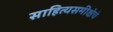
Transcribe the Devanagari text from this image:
साहित्यसमीक्षेचे